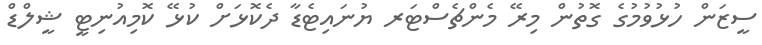
ސީޒަން ހުޅުވުމުގެ ގޮތުން މިރޭ މެންޗެސްޓަރ ޔުނައިޓެޑާ ދެކޮޅަށް ކުޅޭ ކޮމިއުނިޓީ ޝީލްޑް